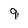
Character: 9